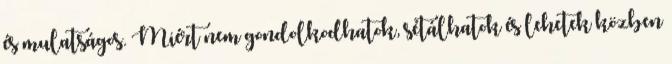
és mulatságos. Miért nem gondolkodhatok, sétálhatok és lehetek közben